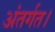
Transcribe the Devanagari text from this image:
अंतर्गत।